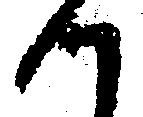
候